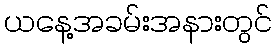
ယနေ့အခမ်းအနားတွင်